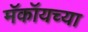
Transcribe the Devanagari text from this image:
मॅकॉयच्या